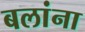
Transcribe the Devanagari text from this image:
बलांना